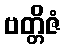
ဗတ္တိဇံ